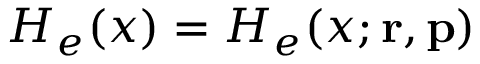
H _ { e } ( x ) = H _ { e } ( x ; { \mathbf { r } } , { \mathbf { p } } )